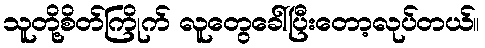
သူတို့စိတ်ကြိုက် လူတွေခေါ်ပြီးတော့လုပ်တယ်။